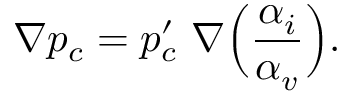
\nabla p _ { c } = p _ { c } ^ { \prime } \ \nabla \Big ( \frac { \alpha _ { i } } { \alpha _ { v } } \Big ) .